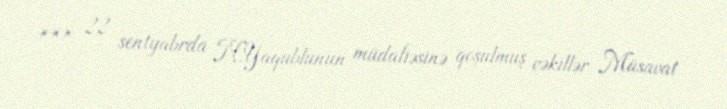
*** 22 sentyabrda N.Yaqublunun müdafiəsinə qoşulmuş vəkillər Müsavat